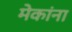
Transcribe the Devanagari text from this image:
मेकांना